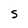
Character: S